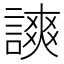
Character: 𧫗